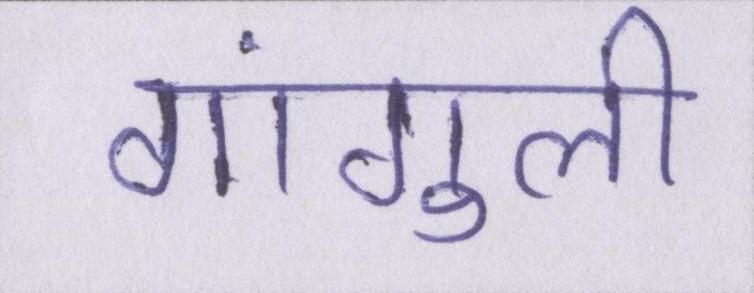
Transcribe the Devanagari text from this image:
गांगुली